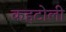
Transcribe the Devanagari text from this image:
कहटोली